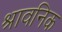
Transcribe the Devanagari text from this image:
श्रावनिक